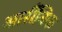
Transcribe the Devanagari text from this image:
आर्सैंनिक